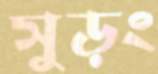
সুড়ং